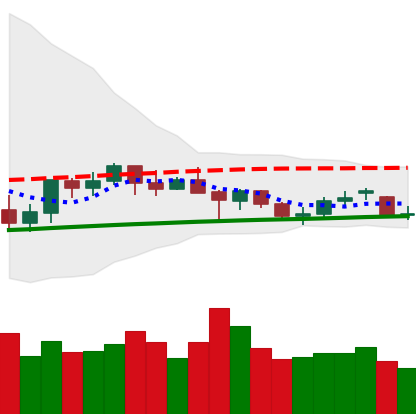
Ticker: ETH-USD
Chart end date: 2021-06-17
Forward return: -20.955%
Label: down_7plus